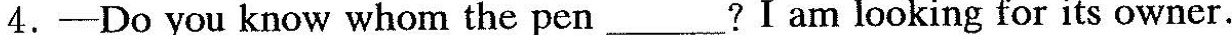
4.-Do you know whom the pen___?I am looking for its owner.